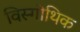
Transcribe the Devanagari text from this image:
विस्गोथिक